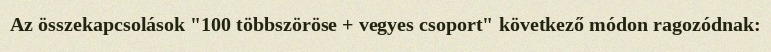
Az összekapcsolások "100 többszöröse + vegyes csoport" következő módon ragozódnak: